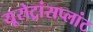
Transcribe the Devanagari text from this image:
यूरोट्रांसप्लांट